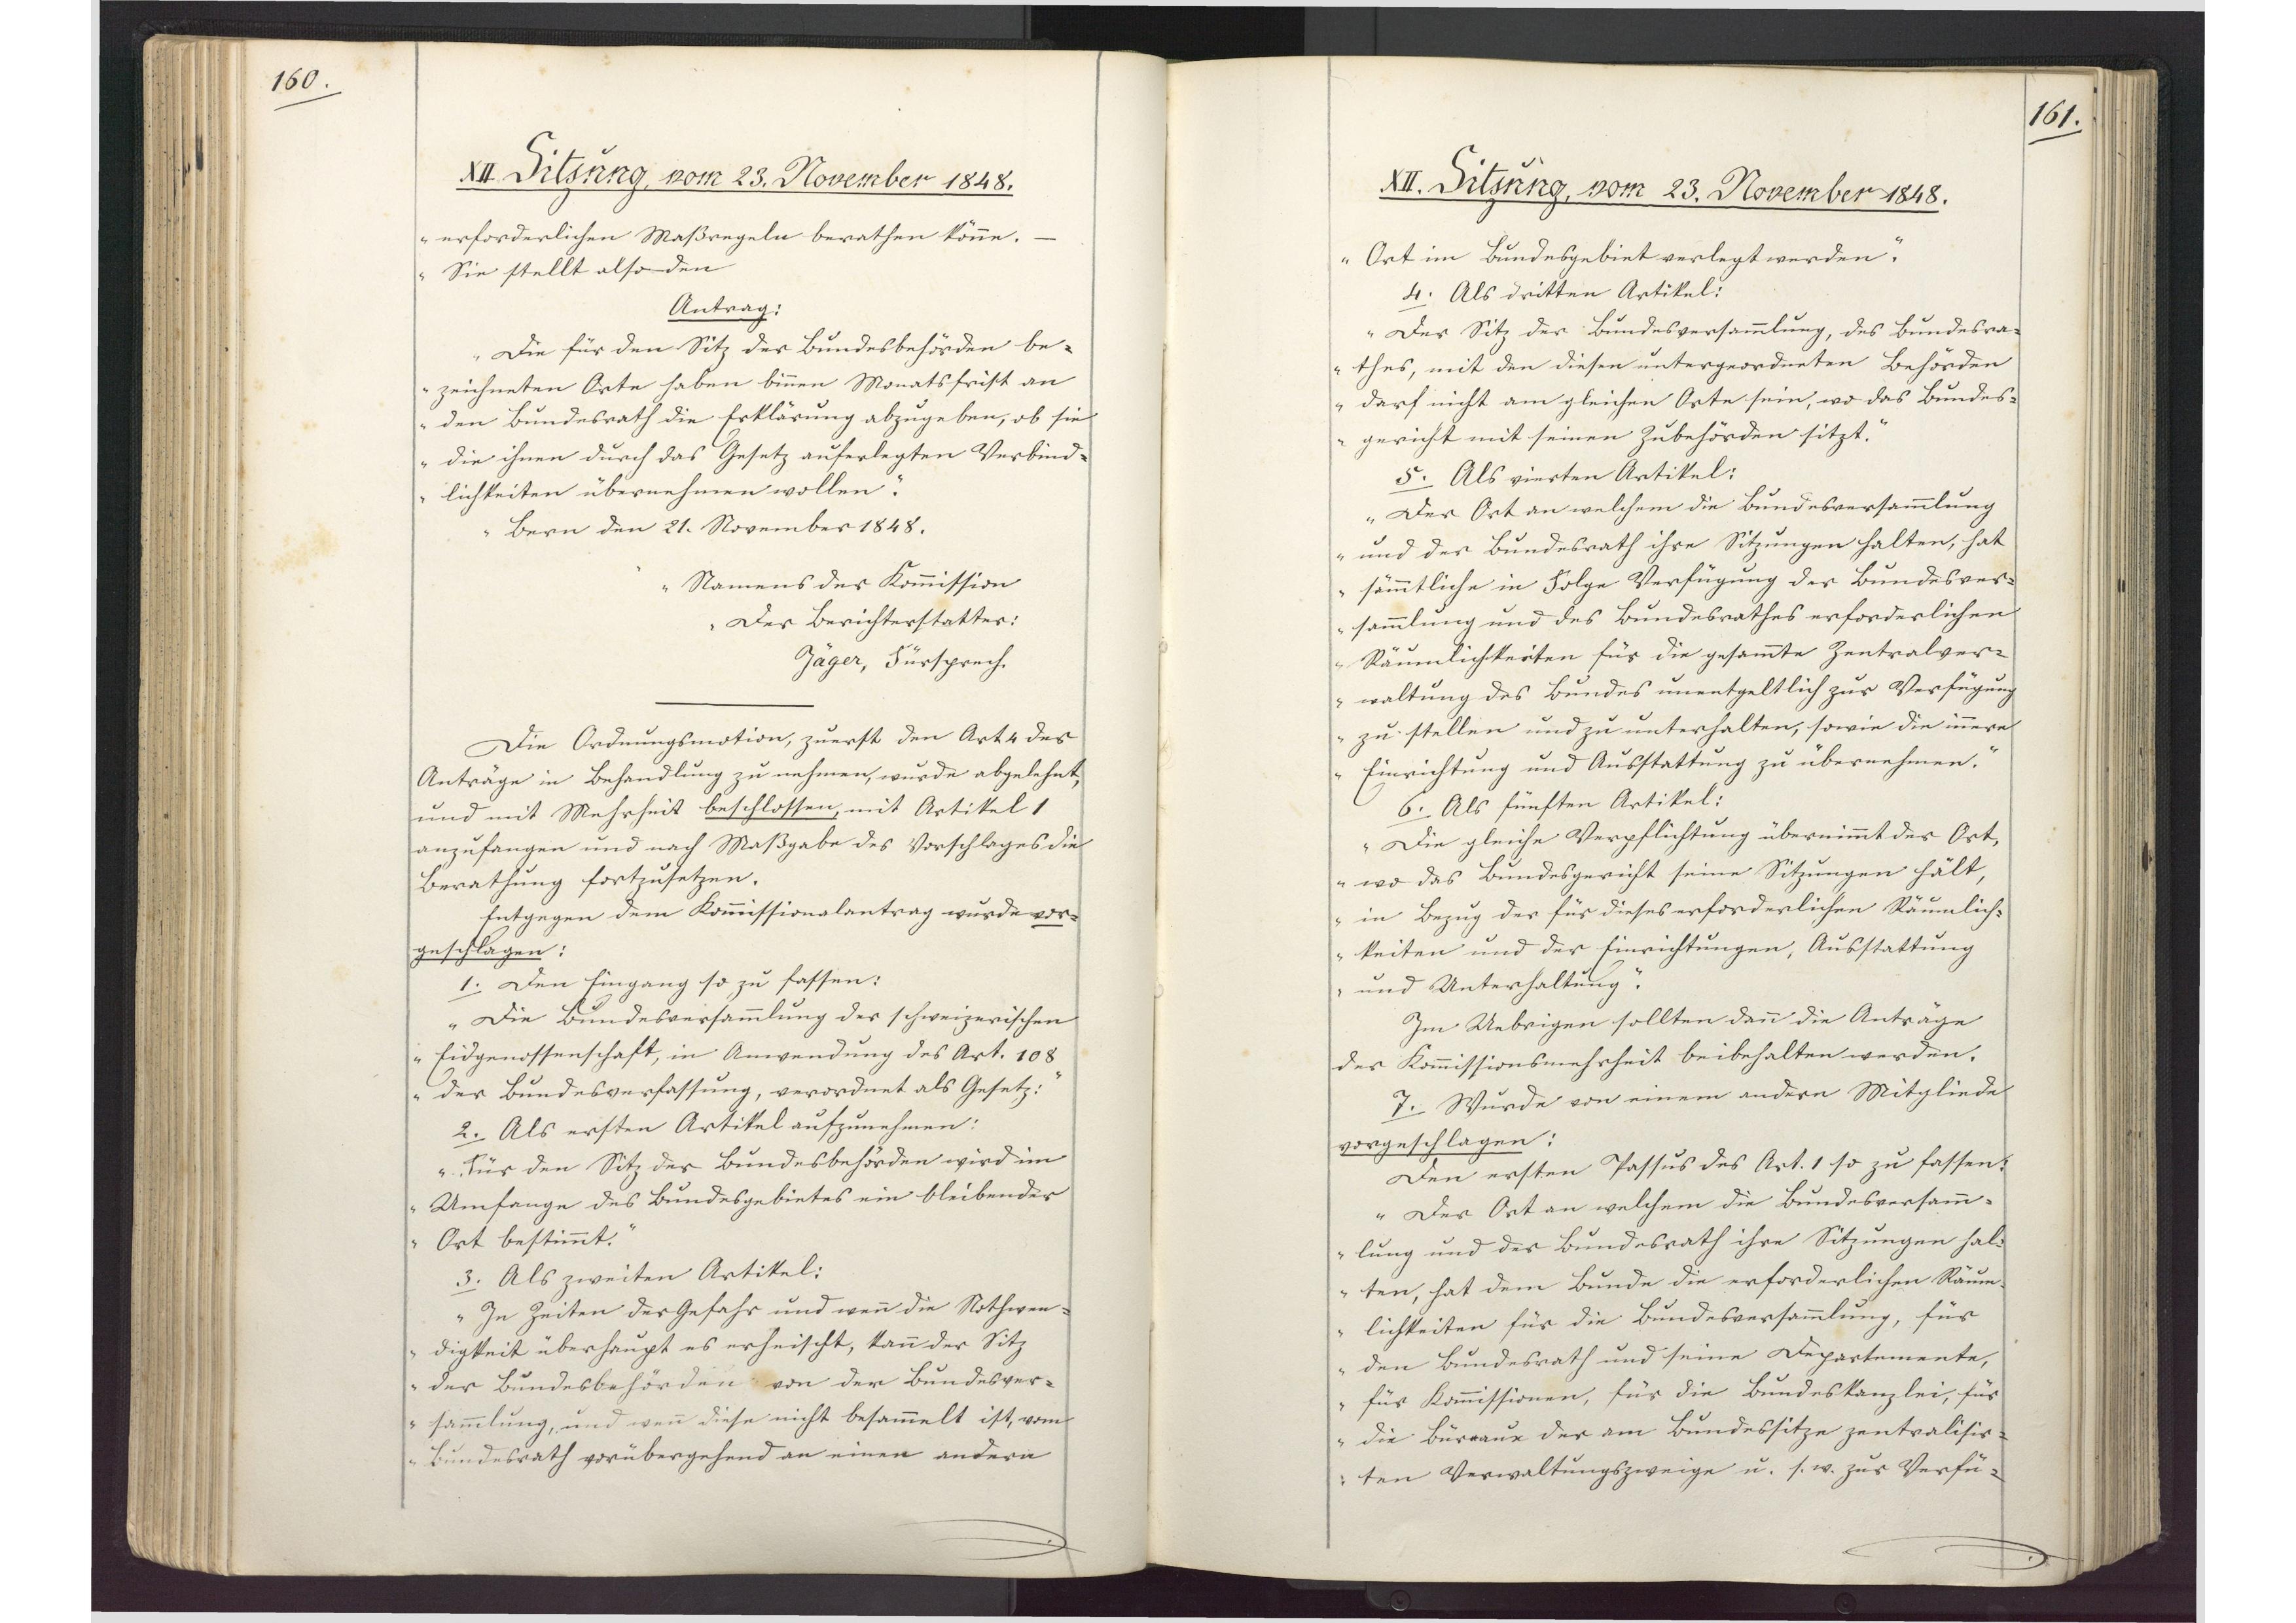
160.

XII. Sitzung, vom 23. November 1848.

erforderlichen Maßregeln berathen könne.
Sie stellt also den
Antrag:
Die für den Sitz der Bundesbehörden be¬
zeichneten Orte haben binnen Monatsfrist an
den Bundesrath die Erklärung abzugeben, ob sie
die ihnen durch das Gesetz auferlegten Verbind¬
lichkeiten übernehmen wollen."
Bern den 21. November 1848.
Namens der Kommission
Der Berichterstatter.
Jäger, Fürsprech.
Die Ordnungsmotion, zuerst den Art. 4 der
Anträge in Behandlung zu nehmen, wurde abgelehnt,
und mit Mehrheit beschlossen, mit Artikel 1
anzufangen und nach Maßgabe des Vorschlages die
Berathung fortzusetzen.
Entgegen dem Kommissionalantrag wurde vor¬
geschlagen:
1. Den Eingang so zu fassen:
"Die Bundesversammlung der schweizerischen
Eidgenossenschaft, in Anwendung des Art. 108
der Bundesverfassung, verordnet als Gesetz:"
2. Als ersten Artikel aufzunehmen:
"Für den Sitz der Bundesbehörden wird im
Umfange des Bundesgebietes ein bleibender
Ort bestimmt."
3. Als zweiten Artikel:
"In Zeiten der Gefahr und wenn die Nothwen¬
digkeit überhaupt es erheischt, kann der Sitz
der Bundesbehörden von der Bundesver¬
sammlung, und wenn diese nicht besammelt ist, vom
Bundesrath vorübergehend an einen andern

161.

XII. Sitzung, vom 23. November 1848.

Ort im Bundesgebiet verlegt werden."
4. Als dritten Artikel:
"Der Sitz der Bundesversammlung, des Bundesra¬
thes, mit den diesen untergeordneten Behörden
darf nicht am gleichen Orte sein, wo das Bundes¬
gericht mit seinen Zubehörden sitzt."
5. Als vierten Artikel:
"Der Ort an welchem die Bundesversammlung
und der Bundesrath ihre Sitzungen halten, hat
sämmtliche in Folge Verfügung der Bundesver¬
sammlung und des Bundesrathes erforderlichen
Räumlichkeiten für die gesammte Zentralver¬
waltung des Bundes unentgeltlich zur Verfügung
zu stellen und zu unterhalten, sowie die innere
Einrichtung und Ausstattung zu übernehmen."
6. Als fünften Artikel:
"Die gleiche Verpflichtung übernimmt der Ort,
wo das Bundesgericht seine Sitzungen hält,
in Bezug der für dieses erforderlichen Räumlich¬
keiten und der Einrichtungen, Ausstattung
und Unterhaltung."
Im Uebrigen sollten dann die Anträge
der Komissionsmehrheit beibehalten werden.
7. Wurde von einem andern Mitgliede
vorgeschlagen:
Den ersten Passus des Art. 1 so zu fassen:
"Der Ort an welchem die Bundesversamm¬
lung und der Bundesrath ihre Sitzungen hal¬
ten, hat dem Bunde die erforderlichen Räum¬
lichkeiten für die Bundesversammlung, für
den Bundesrath und seine Departemente,
für Komissionen, für die Bundeskanzlei, für
die Büreaux der am Bundessitze zentralisir¬
ten Verwaltungszweige u. s. w. zur Verfü¬